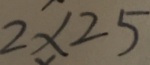
2 \times 2 5